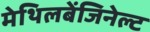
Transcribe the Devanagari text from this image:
मेथिलबेंजिनेल्ट